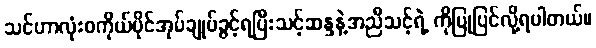
သင်ဟာလုံးဝကိုယ်ပိုင်အုပ်ချုပ်ခွင့်ရပြီးသင့်ဆန္ဒနဲ့အညီသင့်ရဲ့ ကိုပြုပြင်လို့ရပါတယ်။